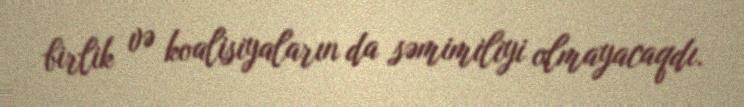
birlik və koalisiyaların da səmimiliyi olmayacaqdı.